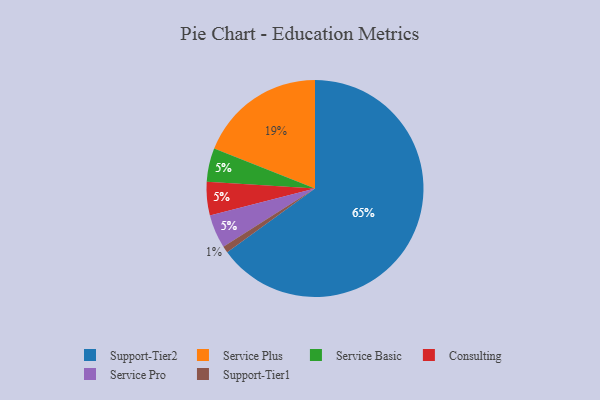
{"axis": {"x": "Category", "y": "Percentage"}, "legend": ["Consulting", "Service Basic", "Service Plus", "Service Pro", "Support-Tier1", "Support-Tier2"], "data": [{"x": "Service Basic", "y": 5, "type": "Service Basic"}, {"x": "Consulting", "y": 5, "type": "Consulting"}, {"x": "Service Plus", "y": 19, "type": "Service Plus"}, {"x": "Service Pro", "y": 5, "type": "Service Pro"}, {"x": "Support-Tier2", "y": 65, "type": "Support-Tier2"}, {"x": "Support-Tier1", "y": 1, "type": "Support-Tier1"}]}